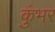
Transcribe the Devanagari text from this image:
कुंभर